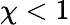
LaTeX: \chi<1